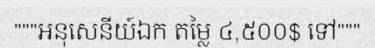
"""អនុសេនីយ៍ឯក តម្លៃ ៤,៥០០$ ទៅ"""